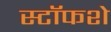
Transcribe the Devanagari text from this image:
स्टॉफशे